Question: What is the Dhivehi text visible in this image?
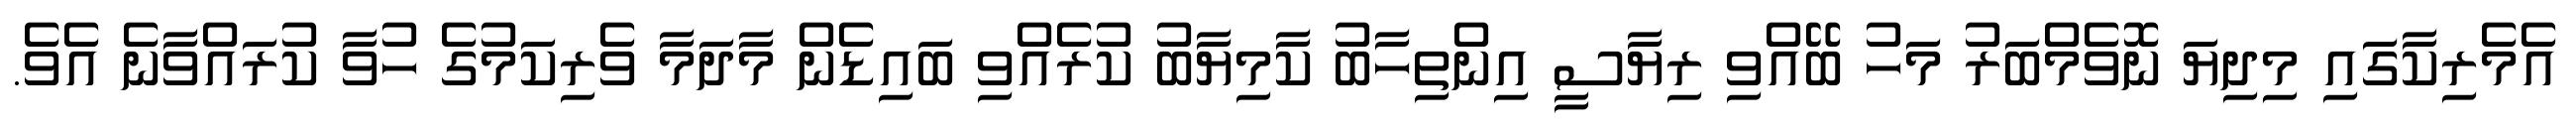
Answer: އެމެރިކާގައި މިދިޔަ ނޮވެމްބަރު މަހު ބޭއްވި ރިޔާސީ އިންތިހާބު ކާމިޔާބު ކުރެއްވި ބައިޑެން މާދަމާ ވެރިކަމުގެ ހުވާ ކުރައްވާނެ އެވެ.